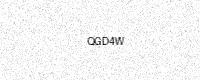
Text: QGD4W